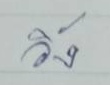
วิ่ง